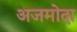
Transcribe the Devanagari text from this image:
अजमोदा